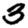
Digit: 3